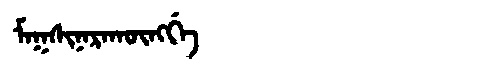
Manchu: ᠮᠠᡴᠰᡳᠨᠠᡵᠠᡴᡡᠩᡤᡝ
Romanization: MAKSINARAKŪNGGE